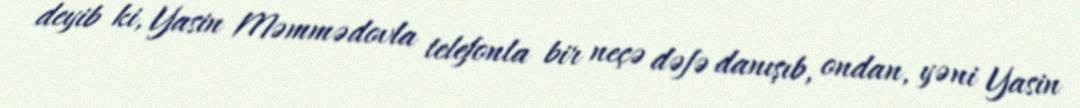
deyib ki, Yasin Məmmədovla telefonla bir neçə dəfə danışıb, ondan, yəni Yasin